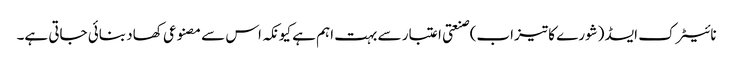
نائیٹرک ایسڈ (شورے کا تیزاب) صنعتی اعتبار سے بہت اہم ہے کیونکہ اس سے مصنوعی کھاد بنائی جاتی ہے۔